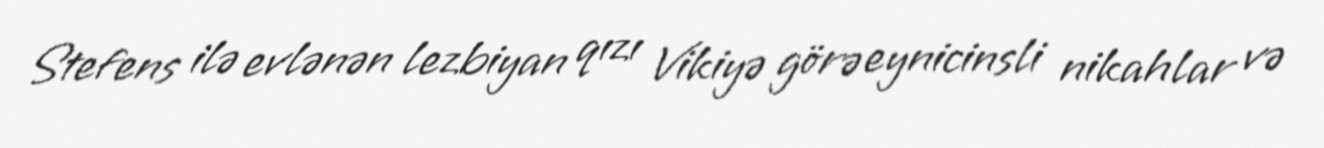
Stefens ilə evlənən lezbiyan qızı Vikiyə görə eynicinsli nikahlar və